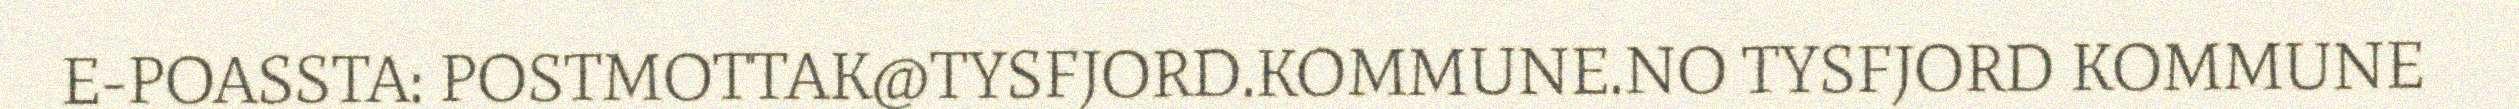
E-POASSTA: POSTMOTTAK@TYSFJORD.KOMMUNE.NO TYSFJORD KOMMUNE